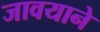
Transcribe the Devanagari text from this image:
जावयाने